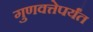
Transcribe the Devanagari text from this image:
गुणवत्तेपर्यंत